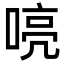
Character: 喨